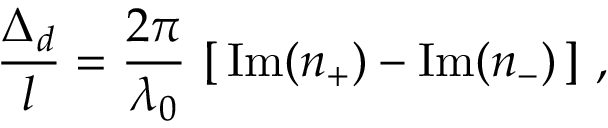
\frac { \Delta _ { d } } { l } = \frac { 2 \pi } { \lambda _ { 0 } } \, \left[ \, \mathrm { I m } ( n _ { + } ) - \mathrm { I m } ( n _ { - } ) \, \right] \, ,